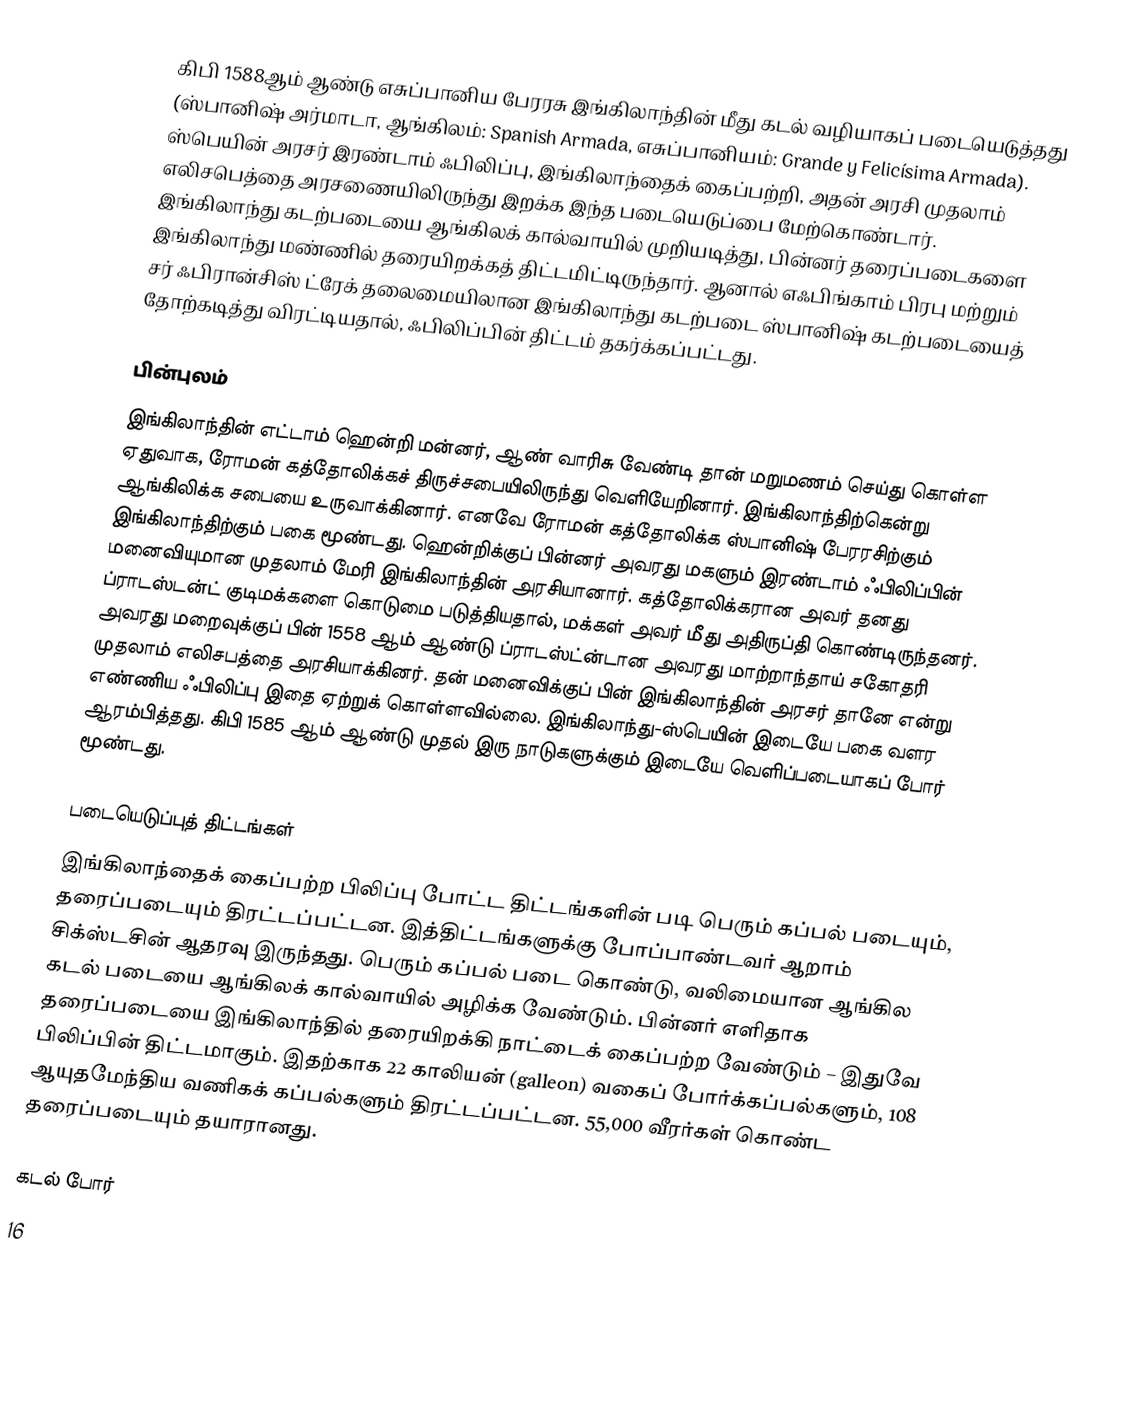
கிபி 1588ஆம் ஆண்டு எசுப்பானிய பேரரசு இங்கிலாந்தின் மீது கடல் வழியாகப் படையெடுத்தது (ஸ்பானிஷ் அர்மாடா, ஆங்கிலம்: Spanish Armada, எசுப்பானியம்: Grande y Felicísima Armada). ஸ்பெயின் அரசர் இரண்டாம் ஃபிலிப்பு, இங்கிலாந்தைக் கைப்பற்றி, அதன் அரசி முதலாம் எலிசபெத்தை அரசணையிலிருந்து இறக்க இந்த படையெடுப்பை மேற்கொண்டார். இங்கிலாந்து கடற்படையை ஆங்கிலக் கால்வாயில் முறியடித்து, பின்னர் தரைப்படைகளை இங்கிலாந்து மண்ணில் தரையிறக்கத் திட்டமிட்டிருந்தார். ஆனால் எஃபிங்காம் பிரபு மற்றும் சர் ஃபிரான்சிஸ் ட்ரேக் தலைமையிலான இங்கிலாந்து கடற்படை ஸ்பானிஷ் கடற்படையைத் தோற்கடித்து விரட்டியதால், ஃபிலிப்பின் திட்டம் தகர்க்கப்பட்டது.

பின்புலம்
இங்கிலாந்தின் எட்டாம் ஹென்றி மன்னர், ஆண் வாரிசு வேண்டி தான் மறுமணம் செய்து கொள்ள ஏதுவாக, ரோமன் கத்தோலிக்கச் திருச்சபையிலிருந்து வெளியேறினார். இங்கிலாந்திற்கென்று ஆங்கிலிக்க சபையை உருவாக்கினார். எனவே ரோமன் கத்தோலிக்க ஸ்பானிஷ் பேரரசிற்கும் இங்கிலாந்திற்கும் பகை மூண்டது. ஹென்றிக்குப் பின்னர் அவரது மகளும் இரண்டாம் ஃபிலிப்பின் மனைவியுமான முதலாம் மேரி இங்கிலாந்தின் அரசியானார். கத்தோலிக்கரான அவர் தனது ப்ராடஸ்டன்ட் குடிமக்களை கொடுமை படுத்தியதால், மக்கள் அவர் மீது அதிருப்தி கொண்டிருந்தனர். அவரது மறைவுக்குப் பின் 1558 ஆம் ஆண்டு ப்ராடஸ்ட்ன்டான அவரது மாற்றாந்தாய் சகோதரி முதலாம் எலிசபத்தை அரசியாக்கினர். தன் மனைவிக்குப் பின் இங்கிலாந்தின் அரசர் தானே என்று எண்ணிய ஃபிலிப்பு இதை ஏற்றுக் கொள்ளவில்லை. இங்கிலாந்து-ஸ்பெயின் இடையே பகை வளர ஆரம்பித்தது. கிபி 1585 ஆம் ஆண்டு முதல் இரு நாடுகளுக்கும் இடையே வெளிப்படையாகப் போர் மூண்டது.

படையெடுப்புத் திட்டங்கள்
இங்கிலாந்தைக் கைப்பற்ற பிலிப்பு போட்ட திட்டங்களின் படி பெரும் கப்பல் படையும், தரைப்படையும் திரட்டப்பட்டன. இத்திட்டங்களுக்கு போப்பாண்டவர் ஆறாம் சிக்ஸ்டசின் ஆதரவு இருந்தது. பெரும் கப்பல் படை கொண்டு, வலிமையான ஆங்கில கடல் படையை ஆங்கிலக் கால்வாயில் அழிக்க வேண்டும். பின்னர் எளிதாக தரைப்படையை இங்கிலாந்தில் தரையிறக்கி நாட்டைக் கைப்பற்ற வேண்டும் – இதுவே பிலிப்பின் திட்டமாகும். இதற்காக 22 காலியன் (galleon) வகைப் போர்க்கப்பல்களும், 108 ஆயுதமேந்திய வணிகக் கப்பல்களும் திரட்டப்பட்டன. 55,000 வீரர்கள் கொண்ட தரைப்படையும் தயாரானது.

கடல் போர்
16